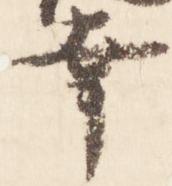
幸